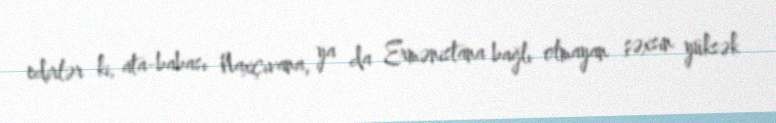
edirlər ki, ata-babası Naxçıvana, ya da Ermənistana bağlı olmayan şəxsin yüksək